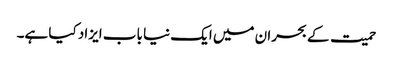
حمیت کے بحران میں ایک نیا باب ایزاد کیا ہے۔